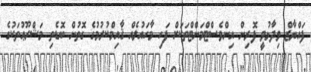
ފައްޔާޒް ވިދާޅުވީ ފޮރިން އިންވެސްޓްމަންޓްތަކަށް ފަހި މާހައުލެއް ޤާއިމްކުރުމުގެ ގޮތުން ބޮޑެތި މަޝްރޫޢުތަކުގެ